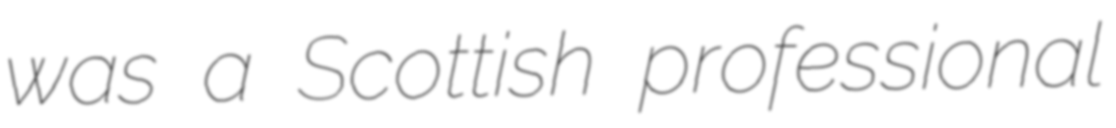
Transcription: was a Scottish professional